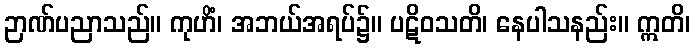
ဉာဏ်ပညာသည်။ ကုဟိံ၊ အဘယ်အရပ်၌။ ပဋိဝသတိ၊ နေပါသနည်း။ ဣတိ၊